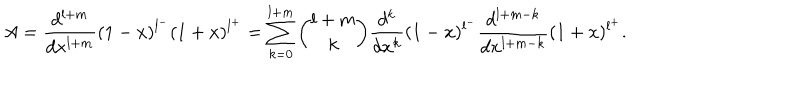
LaTeX: A = \frac { d ^ { l + m } } { d x ^ { l + m } } ( 1 - x ) ^ { l ^ { - } } ( 1 + x ) ^ { l ^ { + } } = \sum _ { k = 0 } ^ { l + m } { \binom { l + m } { k } } \frac { d ^ { k } } { d x ^ { k } } ( 1 - x ) ^ { l ^ { - } } \frac { d ^ { l + m - k } } { d x ^ { l + m - k } } ( 1 + x ) ^ { l ^ { + } } .